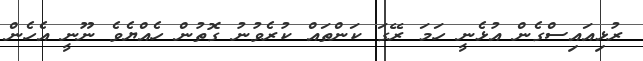
ރުޅިއައިސްގެން އުޅެނީ ހަމަ ރޭގަ ކަންތައް ކުރެވުނު ގޮތުން ހެއްޔެވެ ނޫނީ އެހެން